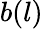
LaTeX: b(l)